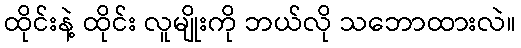
ထိုင်းနဲ့ ထိုင်း လူမျိုးကို ဘယ်လို သဘောထားလဲ။